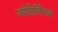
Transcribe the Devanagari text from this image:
ज्योतिर्लिंगास